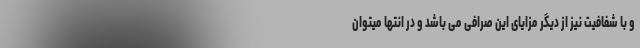
و با شفافیت نیز از دیگر مزایای این صرافی می باشد و در انتها میتوان